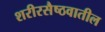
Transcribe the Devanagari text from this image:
शरीरसैष्ठवातील